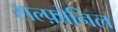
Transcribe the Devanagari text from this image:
सल्फ़ोनिल